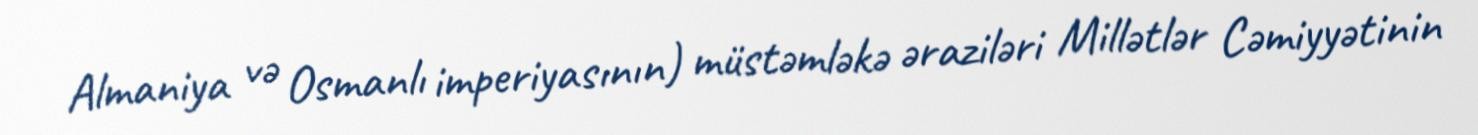
Almaniya və Osmanlı imperiyasının) müstəmləkə əraziləri Millətlər Cəmiyyətinin